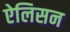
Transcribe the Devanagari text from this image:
ऐलिसन